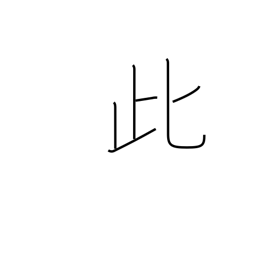
Meaning: this